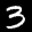
Label: 3